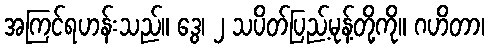
အကြင်ရဟန်းသည်။ ဒွေ၊ ၂ သပိတ်ပြည့်မုန့်တို့ကို။ ဂဟိတာ၊